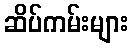
ဆိပ်ကမ်းများ